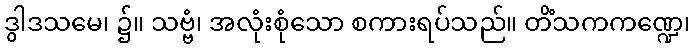
ဒွါဒသမေ၊ ၌။ သဗ္ဗံ၊ အလုံးစုံသော စကားရပ်သည်။ တိံသကကဏ္ဍေ၊